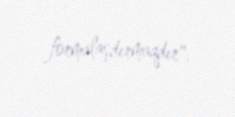
formalaşdırmaqdır".